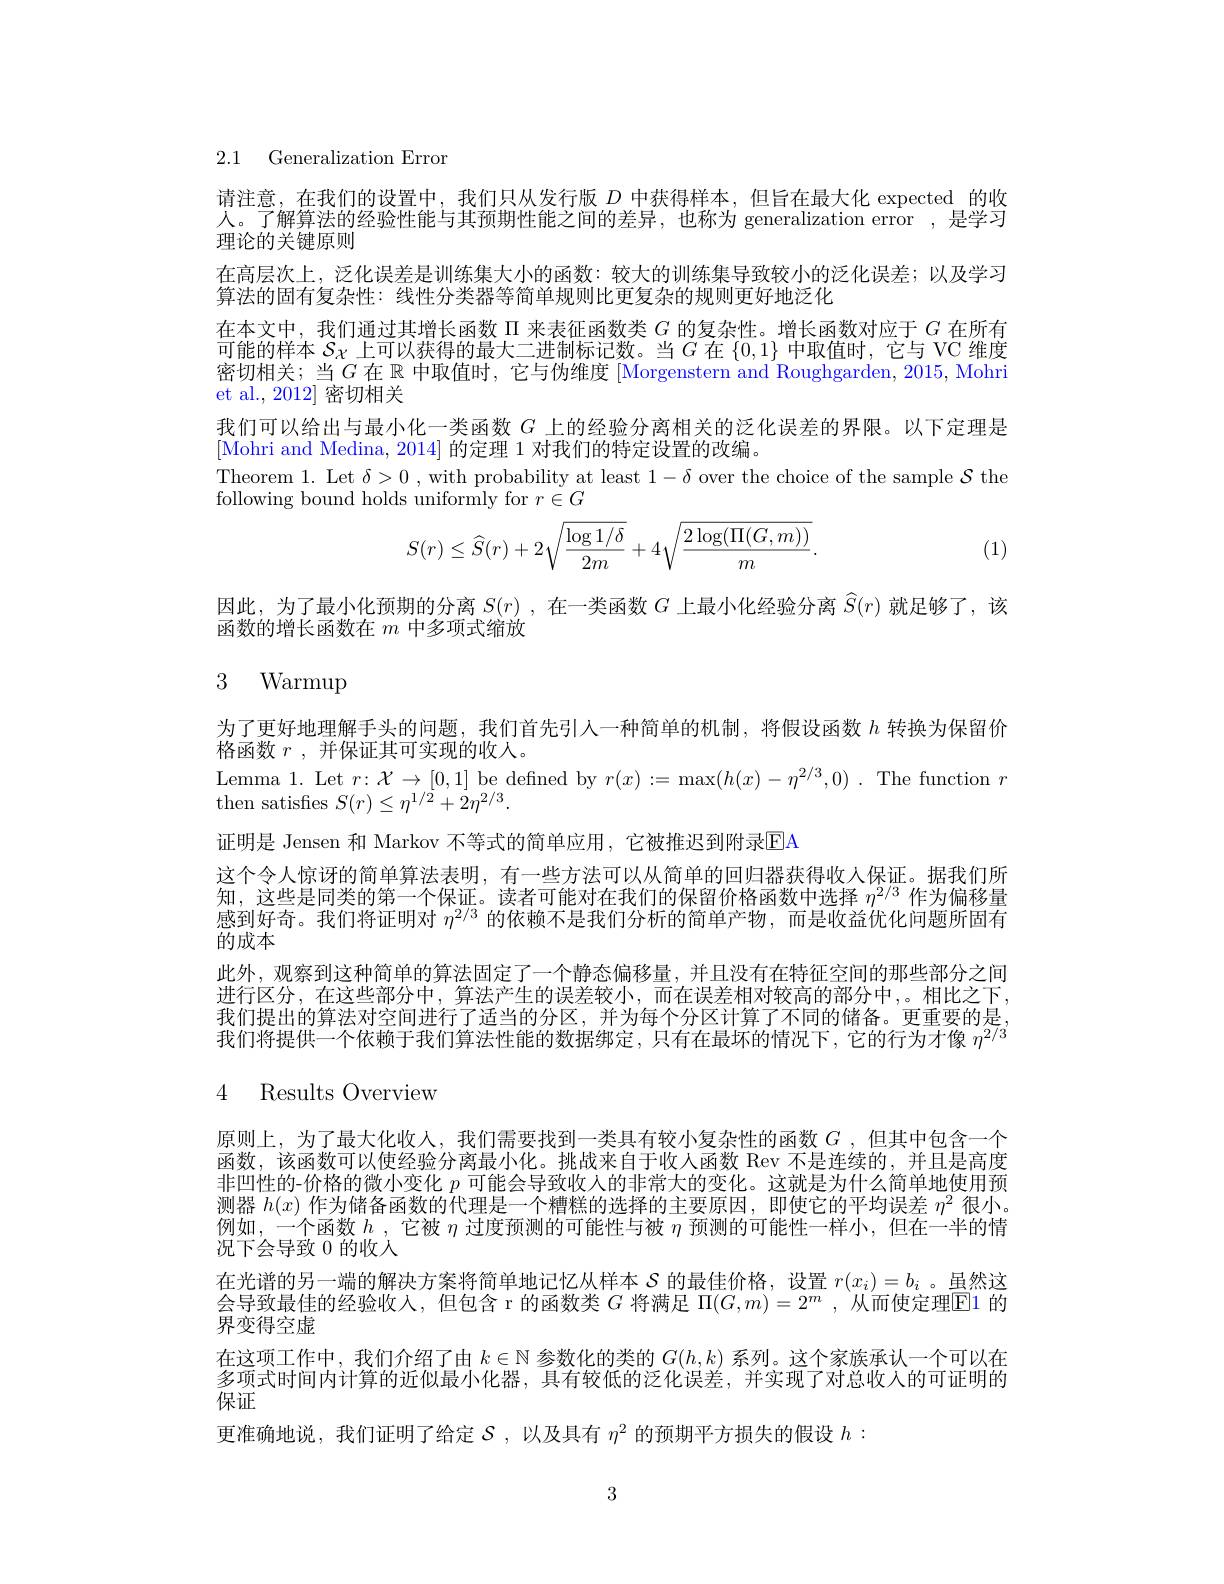
2.1 Generalization Error

请注意，在我们的设置中，我们只从发行版$D$中获得样本，但旨在最大化 expected 的收人。了解算法的经验性能与其预期性能之间的差异，也称为 generalization error,是学习理论的关键原则
在高层次上，泛化误差是训练集大小的函数：较大的训练集导致较小的泛化误差；以及学习
算法的固有复杂性：线性分类器等简单规则比更复杂的规则更好地泛化
在本文中，我们通过其增长函数$\Pi$来表征函数类$G$的复杂性。增长函数对应于$G$在所有可能的样本$S_{\chi}$上可以获得的最大二进制标记数。当$G$在$\{0,1\}$中取值时，它与 VC 维度密切相关；当$G$在$\mathbb{R}$中取值时，它与伪维度 [Morgenstern and Roughgarden, 2015, Mohri et al., 2012] 密切相关
我们可以给出与最小化一类函数$G$上的经验分离相关的泛化误差的界限。以下定理是
[Mohri and Medina, 2014] 的定理 1 对我们的特定设置的改编。
Theorem 1. Let $\delta>0$, with probability at least $1-\delta$ over the choice of the sample $\mathcal{S}$ the
following bound holds uniformly for $r\in G$
$$S(r)\leq\widehat{S}(r)+2\sqrt{\frac{\log1/\delta}{2m}}+4\sqrt{\frac{2\log(\Pi(G,m))}{m}}.$$
(1)

因此，为了最小化预期的分离$S(r)$ ,在一类函数$G$上最小化经验分离$\widehat{S}(r)$就足够了，该
函数的增长函数在$m$中多项式缩放

# 3 Warmup

为了更好地理解手头的问题，我们首先引入一种简单的机制，将假设函数$h$转换为保留价
格函数$r$ ,并保证其可实现的收人。
Lemma 1. Let $r\colon\mathcal{X}\to[0,1]$ be defned by $r(x):=\max(h(x)-\eta^{2/3},0)~.$ The function $r$
then satisfies $S(r)\leq\eta^1/{\dot{2}}+2\eta^{2/3}.$
证明是 Jensen 和 Markov 不等式的简单应用，它被推迟到附录$\overline{\mathrm{E}}$A
这个令人惊讶的简单算法表明，有一些方法可以从简单的回归器获得收入保证。据我们所知，这些是同类的第一个保证。读者可能对在我们的保留价格函数中选择$\eta^{2/3}$作为偏移量感到好奇。我们将证明对$\eta^{2/3}$的依赖不是我们分析的简单产物，而是收益优化问题所固有$\bar{\text{的成本}}$
此外，观察到这种简单的算法固定了一个静态偏移量，并且没有在特征空间的那些部分之间进行区分，在这些部分中，算法产生的误差较小，而在误差相对较高的部分中，。相比之下， 我们提出的算法对空间进行了适当的分区，并为每个分区计算了不同的储备。更重要的是我们将提供一个依赖于我们算法性能的数据绑定，只有在最坏的情况下，它的行为才像$\eta^2/3$

# 4 Results Overview

原则上，为了最大化收人，我们需要找到一类具有较小复杂性的函数$G$ ,但其中包含一个函数，该函数可以使经验分离最小化。挑战来自于收入函数 Rev 不是连续的，并且是高度非凹性的-价格的微小变化$p$可能会导致收人的非常大的变化。这就是为什么简单地使用预测器$h(x)$作为储备函数的代理是一个糟糕的选择的主要原因，即使它的平均误差$\eta^2$很小例如，一个函数$h$ ,它被$\eta$过度预测的可能性与被$\eta$预测的可能性一样小，但在一半的情况下会导致 0 的收入
在光谱的另一端的解决方案将简单地记忆从样本$\mathcal{S}$的最佳价格，设置$r(x_i)=b_i$ 。虽然这会导致最佳的经验收入，但包含 r 的函数类$G$将满足$\Pi(G,m)=2^m$ ,从而使定理$\color{red}{\mathrm{E}}\color{red}{\mathrm{1}}$的界变得空虚
在这项工作中，我们介绍了由$k\in\mathbb{N}$参数化的类的$G(h,k)$系列。这个家族承认一个可以在多项式时间内计算的访似最小化器，具有较低的浐化误差。并实现了对总收入的可证明的保证
更准确地说，我们证明了给定$S$ ,以及具有$\eta^2$的预期平方损失的假设$h:$

3